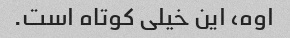
اوه، این خیلی کوتاه است.